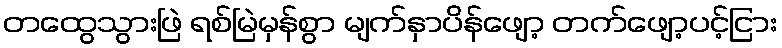
တထွေသွားဖြဲ ရစ်မြဲမှန်စွာ မျက်နှာပိန်ဖျော့ တက်ဖျော့ပင့်ငြား